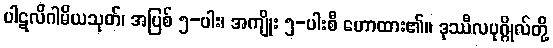
ပါဋလိဂါမိယသုတ်၊ အပြစ် ၅-ပါး၊ အကျိုး ၅-ပါးစီ ဟောထား၏။ ဒုဿီလပုဂ္ဂိုလ်တို့